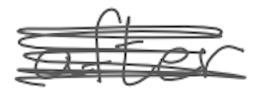
Text: after
Cross-out: mix
Writing tool: digital_gray